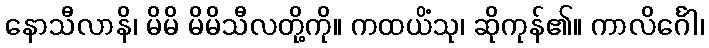
နောသီလာနိ၊ မိမိ မိမိသီလတို့ကို။ ကထယိံသု၊ ဆိုကုန်၏။ ကာလိင်္ဂေါ၊